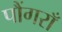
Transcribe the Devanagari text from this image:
पौंगराँ